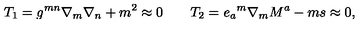
T _ { 1 } = g ^ { m n } \nabla _ { m } \nabla _ { n } + m ^ { 2 } \approx 0 \qquad T _ { 2 } = { e _ { a } } ^ { m } \nabla _ { m } M ^ { a } - m s \approx 0 ,